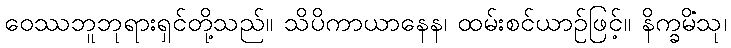
ဝေဿဘူဘုရားရှင်တို့သည်။ သိပိကာယာနေန၊ ထမ်းစင်ယာဉ်ဖြင့်။ နိက္ခမိံသု၊